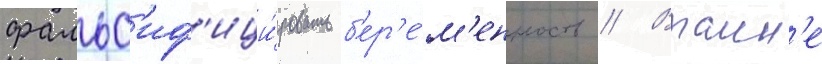
фальс'иф'ици́ровать б'ер'е́м'енность // Втаин'е